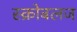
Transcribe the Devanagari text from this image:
स्क्रोबलज